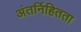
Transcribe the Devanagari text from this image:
अंतर्निहितता